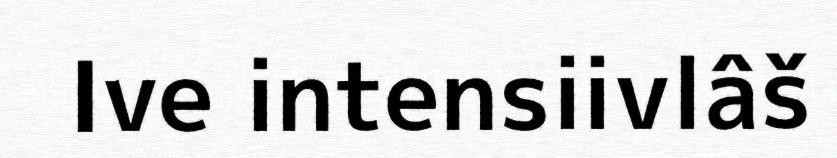
Ive intensiivlâš